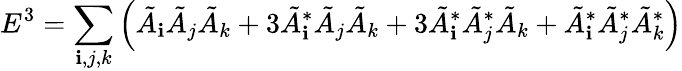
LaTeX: E^{3}=\sum_{\mathbf{i},j,k}\left(\tilde{{A}}_{\mathbf{i}}\tilde{{A}}_{j}\tilde{{A}}_{k}+3\tilde{{A}}_{\mathbf{i}}^{*}\tilde{{A}}_{j}\tilde{{A}}_{k}+3\tilde{{A}}_{\mathbf{i}}^{*}\tilde{{A}}_{j}^{*}\tilde{{A}}_{k}+\tilde{{A}}_{\mathbf{i}}^{*}\tilde{{A}}_{j}^{*}\tilde{{A}}_{k}^{*}\right)